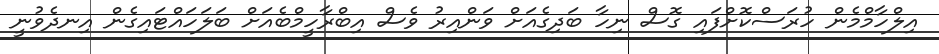
އިލްހާމްމެން ހުރަސްކޮށްފައި ގޮސް ނިހާ ބަދިގެއަށް ވަންއިރު ވެސް އިބްރާހީމްބެއަށް ބަލަހައްޓައިގެން އިނދެވުނީ